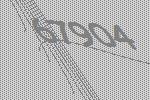
67904